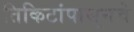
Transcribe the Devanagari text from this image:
तिकिटांपासूनचे